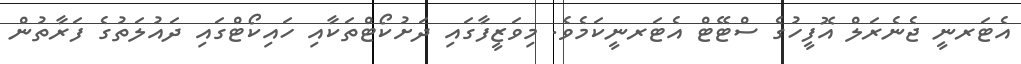
އެޓަރނީ ޖެނެރަލް އޮފީހުގެ ސްޓޭޓް އެޓަރނީކަމެވެ. މިވަޒީފާގައި ދަށުކޯޓްތަކާއި ހައިކޯޓްގައި ދައުލަތުގެ ފަރާތުން